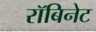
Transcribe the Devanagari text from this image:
रॉबिनेट